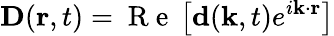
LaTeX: {\mathbf D}({\mathbf r},t)=\mathrm{~R~e~}\left[{\mathbf d}({\mathbf k},t)e^{i{\mathbf k}\cdot{\mathbf r}}\right]